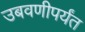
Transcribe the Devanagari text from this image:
उबवणीपर्यंत